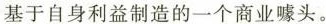
基于自身利益制造的一个商业噱头。